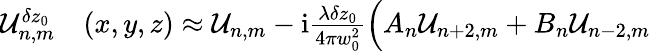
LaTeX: \begin{array}{rl}{\mathcal{U}_{n,m}^{\delta z_{0}}}&{{}(x,y,z)\approx\mathcal{U}_{n,m}-\mathrm{i}\frac{\lambda\delta z_{0}}{4\pi w_{0}^{2}}\Big(A_{n}\mathcal{U}_{n+2,m}+B_{n}\mathcal{U}_{n-2,m}}\end{array}